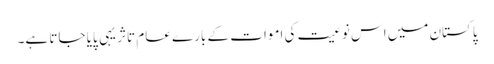
پاکستان میں اس نوعیت کی اموات کے بارے عام تاثر یہی پایا جاتا ہے۔